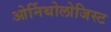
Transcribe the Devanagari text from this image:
ओर्निथोलोजिस्ट